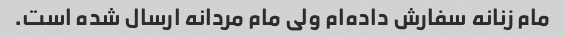
مام زنانه سفارش داده‌ام ولی مام مردانه ارسال شده است.